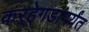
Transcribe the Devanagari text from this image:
कर्‍हेगडापर्यंत